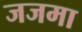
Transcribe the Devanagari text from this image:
जजमा